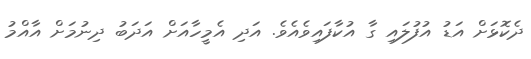
ދެކޮޅަށް އަޑު އުފުލައި ގާ އުކާފައިވެއެވެ. އަދި އެމީހާއަށް އަދަބު ދިނުމަށް އާއްމު